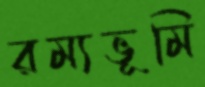
রম্যভূমি